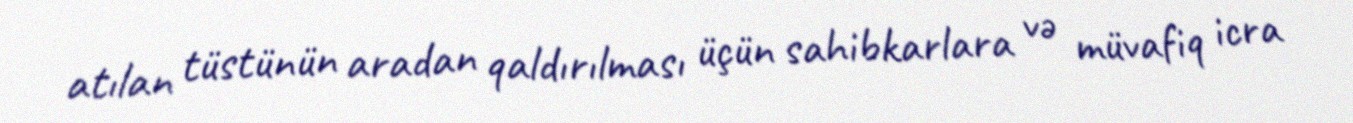
atılan tüstünün aradan qaldırılması üçün sahibkarlara və müvafiq icra